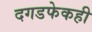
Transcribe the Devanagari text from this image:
दगडफेकही